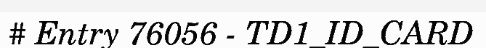
# Entry 76056 - TD1_ID_CARD